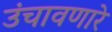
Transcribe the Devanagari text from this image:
उंचावणारे